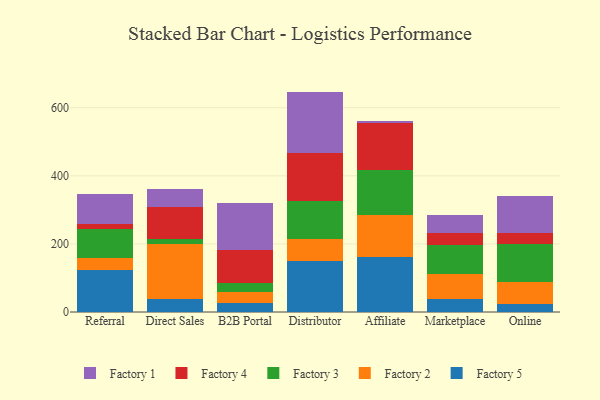
{"axis": {"x": "Channel", "y": "Operating Costs (USD K)"}, "legend": ["Factory 1", "Factory 2", "Factory 3", "Factory 4", "Factory 5"], "data": [{"x": "Referral", "y": 122.6, "type": "Factory 5"}, {"x": "Referral", "y": 37.4, "type": "Factory 2"}, {"x": "Referral", "y": 84.8, "type": "Factory 3"}, {"x": "Referral", "y": 15.0, "type": "Factory 4"}, {"x": "Referral", "y": 85.4, "type": "Factory 1"}, {"x": "Direct Sales", "y": 37.4, "type": "Factory 5"}, {"x": "Direct Sales", "y": 161.9, "type": "Factory 2"}, {"x": "Direct Sales", "y": 16.2, "type": "Factory 3"}, {"x": "Direct Sales", "y": 93.9, "type": "Factory 4"}, {"x": "Direct Sales", "y": 52.5, "type": "Factory 1"}, {"x": "B2B Portal", "y": 26.1, "type": "Factory 5"}, {"x": "B2B Portal", "y": 31.5, "type": "Factory 2"}, {"x": "B2B Portal", "y": 28.0, "type": "Factory 3"}, {"x": "B2B Portal", "y": 95.8, "type": "Factory 4"}, {"x": "B2B Portal", "y": 139.7, "type": "Factory 1"}, {"x": "Distributor", "y": 151.2, "type": "Factory 5"}, {"x": "Distributor", "y": 64.0, "type": "Factory 2"}, {"x": "Distributor", "y": 112.3, "type": "Factory 3"}, {"x": "Distributor", "y": 141.0, "type": "Factory 4"}, {"x": "Distributor", "y": 178.9, "type": "Factory 1"}, {"x": "Affiliate", "y": 160.9, "type": "Factory 5"}, {"x": "Affiliate", "y": 124.3, "type": "Factory 2"}, {"x": "Affiliate", "y": 132.1, "type": "Factory 3"}, {"x": "Affiliate", "y": 137.6, "type": "Factory 4"}, {"x": "Affiliate", "y": 5.3, "type": "Factory 1"}, {"x": "Marketplace", "y": 38.7, "type": "Factory 5"}, {"x": "Marketplace", "y": 73.0, "type": "Factory 2"}, {"x": "Marketplace", "y": 85.2, "type": "Factory 3"}, {"x": "Marketplace", "y": 34.5, "type": "Factory 4"}, {"x": "Marketplace", "y": 52.6, "type": "Factory 1"}, {"x": "Online", "y": 24.5, "type": "Factory 5"}, {"x": "Online", "y": 63.3, "type": "Factory 2"}, {"x": "Online", "y": 110.5, "type": "Factory 3"}, {"x": "Online", "y": 34.3, "type": "Factory 4"}, {"x": "Online", "y": 107.6, "type": "Factory 1"}]}